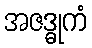
အဇဒ္ဓုကံ